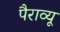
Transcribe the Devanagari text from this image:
पैराव्यू